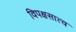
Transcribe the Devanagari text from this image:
विपक्षसात्व